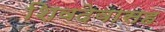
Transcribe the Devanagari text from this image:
शिवदेवासह